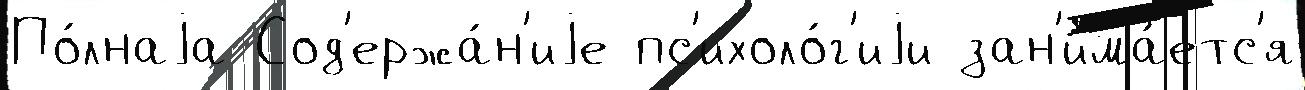
По́лнаjа Сод'ержа́н'иjе пс'ихоло́г'иjи зан'има́етс'я